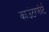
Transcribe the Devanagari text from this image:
काउंटरफोर्ट